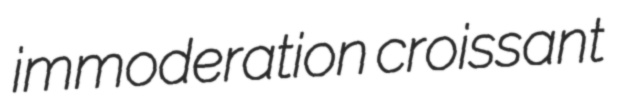
immoderation croissant